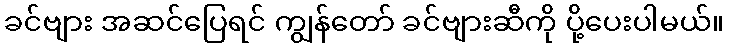
ခင်ဗျား အဆင်ပြေရင် ကျွန်တော် ခင်ဗျားဆီကို ပို့ပေးပါမယ်။